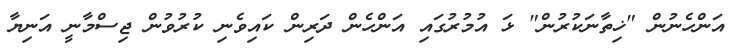
އަންހެނުން "ޚިތާނަކުރުން" ޅަ އުމުރުގައި އަންހެން ދަރިން ކައިވެނި ކުރުވުން ޖިސްމާނީ އަނިޔާ